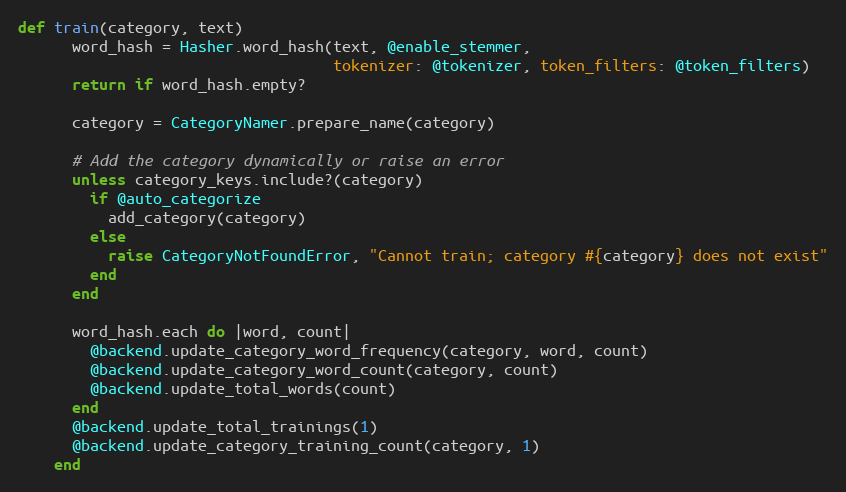
Language: Ruby
def train(category, text)
      word_hash = Hasher.word_hash(text, @enable_stemmer,
                                   tokenizer: @tokenizer, token_filters: @token_filters)
      return if word_hash.empty?

      category = CategoryNamer.prepare_name(category)

      # Add the category dynamically or raise an error
      unless category_keys.include?(category)
        if @auto_categorize
          add_category(category)
        else
          raise CategoryNotFoundError, "Cannot train; category #{category} does not exist"
        end
      end

      word_hash.each do |word, count|
        @backend.update_category_word_frequency(category, word, count)
        @backend.update_category_word_count(category, count)
        @backend.update_total_words(count)
      end
      @backend.update_total_trainings(1)
      @backend.update_category_training_count(category, 1)
    end